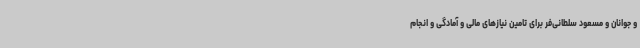
و جوانان و مسعود سلطانی‌فر برای تامین نیازهای مالی و آمادگی و انجام